Report of the Indian Hemp Drugs Commission, 1894-1895 - Volume VII
Year: 1894
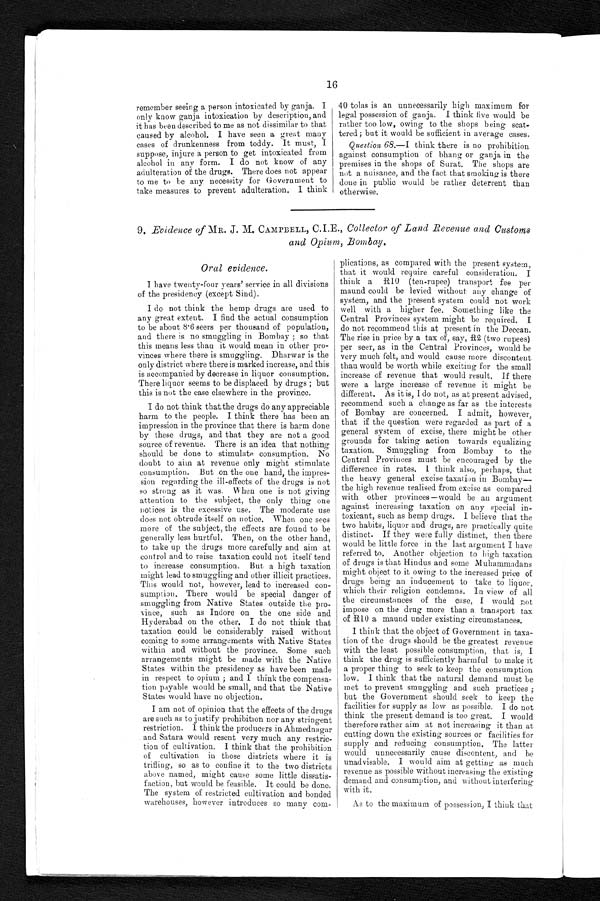
16
remember seeing a person intoxicated by ganja. I
only know ganja intoxication by description, and
it has been described to me as not dissimilar to that
caused by alcohol. I have seen a great many
cases of drunkenness from toddy. It must, I
suppose, injure a person to get intoxicated from
alcohol in any form. I do not know of any
adulteration of the drugs. There does not appear
to me to be any necessity for Government to
take measures to prevent adulteration. I think
40 tolas is an unnecessarily high maximum for
legal possession of ganja. I think five would be
rather too low, owing to the shops being scat--
tered; but it would be sufficient in average cases.
Question 68.—I think there is no prohibition
against consumption of bhang or ganja in the
premises in the shops of Surat. The shops are
not a nuisance, and the fact that smoking is there
done in public would be rather deterrent than
otherwise.
9. Evidence of MR. J. M. CAMPBELL, C.I.E., Collector of Land Revenue and Customs and Opium, Bombay.
Oral evidence.
I have twenty-four years' service in all divisions
of the presidency (except Sind).
I do not think the hemp drugs are used to
any great extent. I find the actual consumption
to be about 8.6 seers per thousand of population,
and there is no smuggling in Bombay; so that
this means less than it would mean in other pro
- v i n c e s w h e r e t h e r e i s s m u g g l i n g . D h a r w a r i s t h e
only district where there is marked increase, and this
is accompanied by decrease in liquor consumption.
There liquor seems to be displaced by drugs; but
this is not the case elsewhere in the province.
I do not think that the drugs do any appreciable
harm to the people. I think there has been an
impression in the province that there is harm done
by these drugs, and that they are not a good
source of revenue. There is an idea that nothing
should be done to stimulate consumption. No
doubt to aim at revenue only might stimulate
consumption. But on the one hand, the impres
-sion regarding the ill-effects of the drugs is not
so strong as it was. When one is not giving
attention to the subject, the only thing one
notices is the excessive use. The moderate use
does not obtrude itself on notice. When one sees
more of the subject, the effects are found to be
generally less hurtful. Then, on the other hand,
to take up the drugs more carefully and aim at
control and to raise taxation could not itself tend
to increase consumption. But a high taxation
might lead to smuggling and other illicit practices.
This would not, however, lead to increased con
-sumption. There would be special danger of
smuggling from Native States outside the pro
-vince, such as Indore on the one side and
Hyderabad on the other. I do not think that
taxation could be considerably raised without
coming to some arrangements with Native States
within and without the province. Some such
arrangements might be made with the Native
States within the presidency as have been made
in respect to opium; and I think the compensa--
tion payable would be small, and that the Native
States would have no objection.
I am not of opinion that the effects of the drugs
are such as to justify prohibition nor any stringent
restriction. I think the producers in Ahmednagar
and Satara would resent very much any restric--
tion of cultivation. I think that the prohibition
of cultivation in those districts where it is
trifling, so as to confine it to the two districts
above named, might cause some little dissatis
- f a c t i o n , b u t w o u l d b e f e a s i b l e . I t c o u l d b e d o n e .
The system of restricted cultivation and bonded
warehouses, however introduces so many com-plications, as compared with the present system,
that it would require careful consideration. I
think a R10 (ten-rupee) transport fee per
maund could be levied without any change of
system, and the present system could not work
well with a higher fee. Something like the
Central Provinces system might be required. I
do not recommend this at present in the Deccan.
The rise in price by a tax of, say, R2 (two rupees)
per seer, as in the Central Provinces, would be
very much felt, and would cause more discontent
than would be worth while exciting for the small
increase of revenue that would result. If there
were a large increase of revenue it might be
different. As it is, I do not, as at present advised,
recommend such a change as far as the interests
of Bombay are concerned. I admit, however,
that if the question were regarded
as part of a general system of excise, there might be othe
r grounds for taking action towards equalizing
taxation. Smuggling from Bombay to the
Central Provinces must be encouraged by the
difference in rates. I think also, perhaps, that
the heavy general excise taxation Bombay
—the high revenue realised from excise as compared
with other provinces—would be an argument
against increasing taxation on any special in
-toxicant, such as hemp drugs. I believe that the
two habits, liquor and drugs, are practically quite
distinct. If they were fully distinct, then there
would be little force in the last argument I have
referred to. Another objection to high taxation
of drugs is that Hindus and some Muhammadans
might object to it owing to the increased price of
drugs being an inducement to take to liquor,
which their religion condemns. In view of all
the circumstances of the case, I would not
impose on the drug more than a transport tax
of R10 a maund under existing circumstances.
I think that the object of Government in taxa
- t i o n o f t h e d r u g s s h o u l d b e t h e g r e a t e s t r e v e n u e
with the least possible consumption, that is, I
think the drug is sufficiently harmful to make it
a proper thing to seek to keep the consumption
low. I think that the natural demand must be
met to prevent smuggling and such practices;
but the Government should seek to keep the
facilities for supply as low as possible. I do not
think the present demand is too great. I would
therefore rather aim at not increasing it than at
cutting down the existing sources or facilities for
supply and reducing consumption. The latter
would unnecessarily cause discontent, and be
unadvisable. I would aim at getting as much
revenue as possible without increasing the existing
demand and consumption, and without interfering
with it.
As to the maximum of possession, I think that